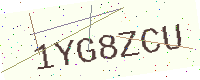
Text: 1YG8ZCU